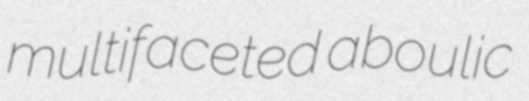
multifaceted aboulic